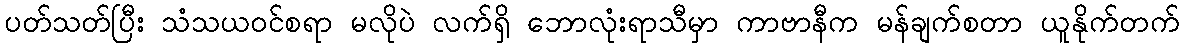
ပတ်သတ်ပြီး သံသယဝင်စရာ မလိုပဲ လက်ရှိ ဘောလုံးရာသီမှာ ကာဗာနီက မန်ချက်စတာ ယူနိုက်တက်